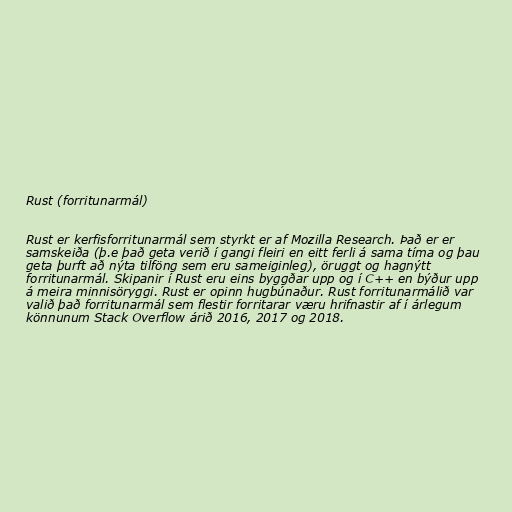
Rust (forritunarmál)

Rust er kerfisforritunarmál sem styrkt er af Mozilla Research. Það er er
samskeiða (þ.e það geta verið í gangi fleiri en eitt ferli á sama tíma og þau
geta þurft að nýta tilföng sem eru sameiginleg), öruggt og hagnýtt
forritunarmál. Skipanir í Rust eru eins byggðar upp og í C++ en býður upp
á meira minnisöryggi. Rust er opinn hugbúnaður. Rust forritunarmálið var
valið það forritunarmál sem flestir forritarar væru hrifnastir af í árlegum
könnunum Stack Overflow árið 2016, 2017 og 2018.